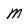
Character: m